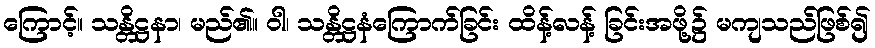
ကြောင့်။ သန္တိဋ္ဌနာ၊ မည်၏။ ဝါ၊ သန္တိဋ္ဌနံကြောက်ခြင်း ထိန့်လန့် ခြင်းအဖို့၌ မကျသည်ဖြစ်၍